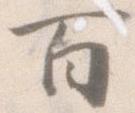
百